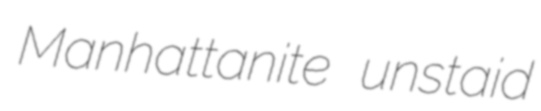
Manhattanite unstaid